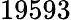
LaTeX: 19593